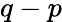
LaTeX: q-p